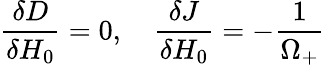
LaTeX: \frac{\delta D}{\delta H_{0}}=0,\quad\frac{\delta J}{\delta H_{0}}=-\frac{1}{\Omega_{+}}